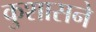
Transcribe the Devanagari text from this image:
कुशासने